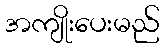
အကျိုးပေးမည်